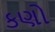
કણો